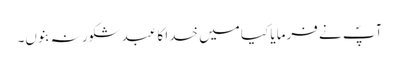
آپؐ نے فرمایا کیا میں خدا کا عبد شکور نہ بنوں۔